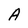
Character: A